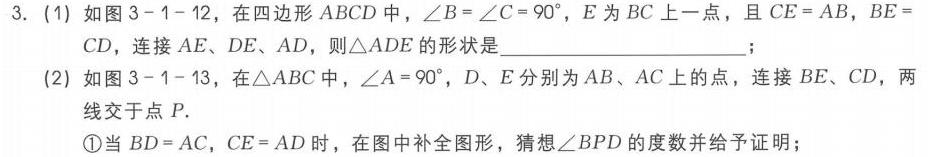
3. (1) 如图 3 - 1 - 12, 在四边形 \(ABCD\) 中, \(\angle B=\angle C = 90^{\circ}\), \(E\) 为 \(BC\) 上一点, 且 \(CE = AB\), \(BE = CD\), 连接 \(AE\)、\(DE\)、\(AD\), 则\(\triangle ADE\)的形状是  ；
(2) 如图 3 - 1 - 13, 在\(\triangle ABC\)中, \(\angle A = 90^{\circ}\), \(D\)、\(E\) 分别为 \(AB\)、\(AC\) 上的点, 连接 \(BE\)、\(CD\), 两
线交于点 \(P\).
\textcircled{1}当 \(BD = AC\), \(CE = AD\) 时, 在图中补全图形, 猜想\(\angle BPD\)的度数并给予证明；